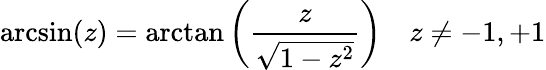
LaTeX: \arcsin(z)=\arctan\left({\frac{z}{\sqrt{1-z^{2}}}}\right)\quad z\neq-1,+1